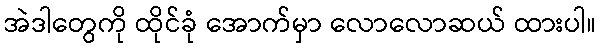
အဲဒါတွေကို ထိုင်ခုံ အောက်မှာ လောလောဆယ် ထားပါ။